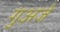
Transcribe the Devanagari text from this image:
गुअजे